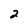
Character: 2